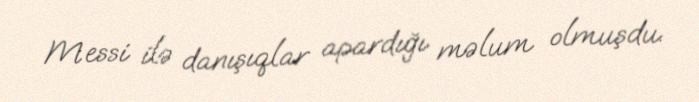
Messi ilə danışıqlar apardığı məlum olmuşdu.